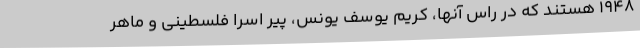
1948 هستند که در راس آنها، کریم یوسف یونس، پیر اسرا فلسطینی و ماهر